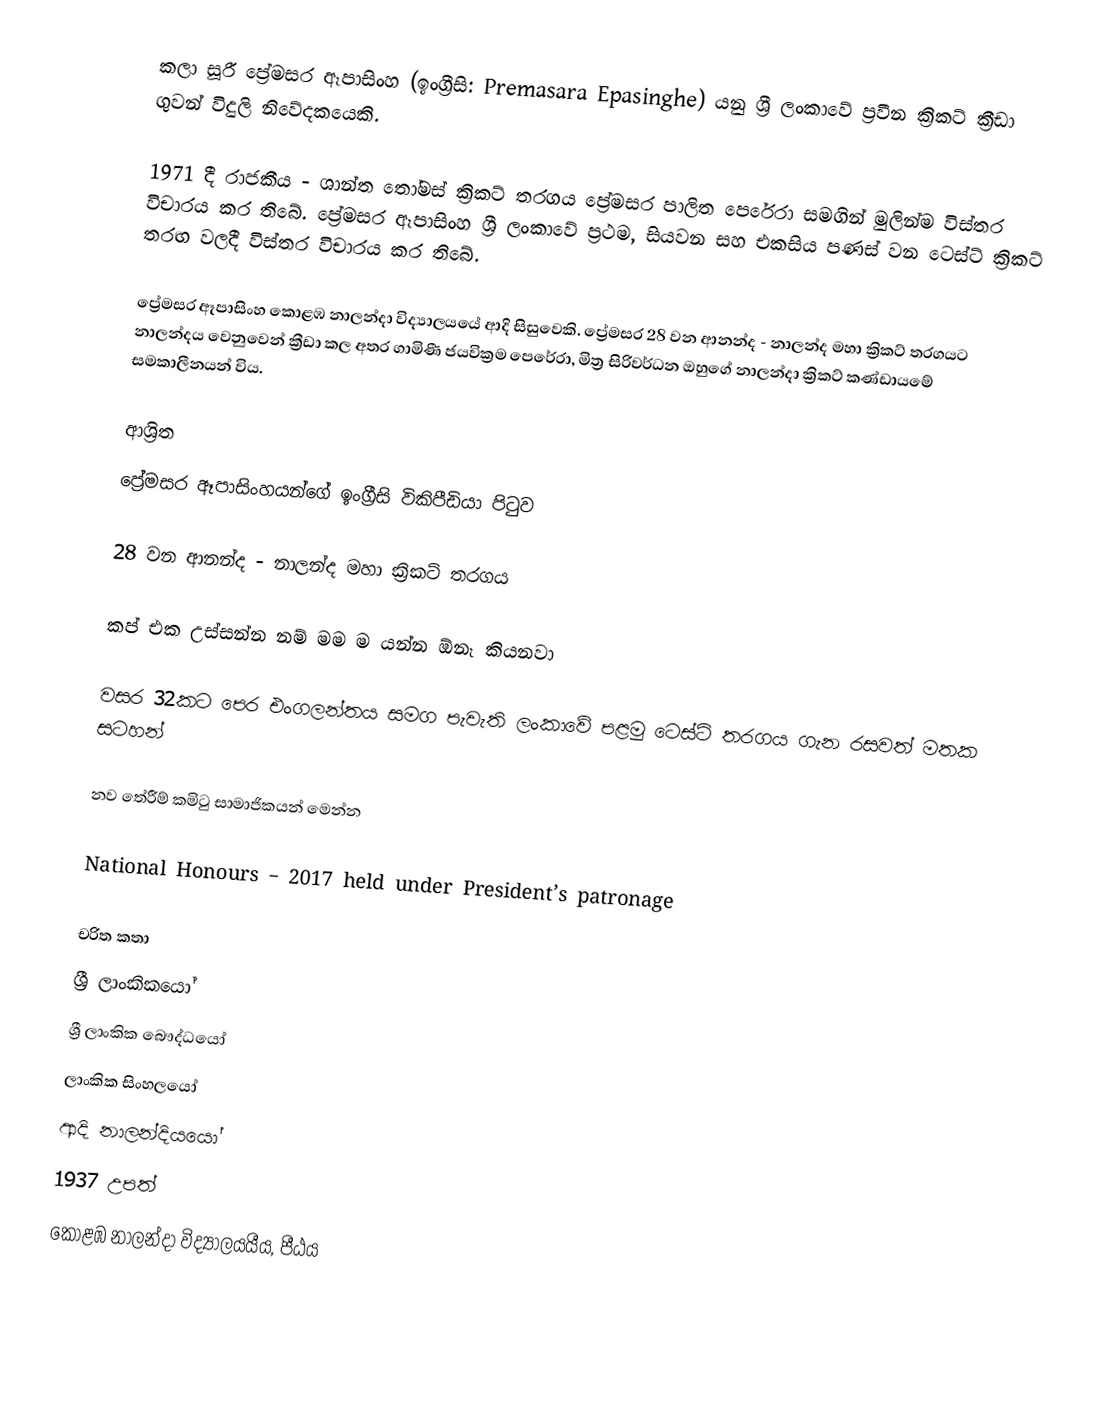
කලා සූරී ප්‍රේමසර ඈපාසිංහ (ඉංග්‍රීසි: Premasara Epasinghe) යනු ශ්‍රී ලංකාවේ ප්‍රවීන ක්‍රිකට් ක්‍රීඩා ගුවන් විදුලි නිවේදකයෙකි.

1971 දී රාජකීය - ශාන්ත ‍තෝමස් ක්‍රිකට් තරගය ප්‍රේමසර පාලිත පෙරේරා සමගින් මුලින්ම විස්තර විචාරය කර තිබේ. ප්‍රේමසර ඈපාසිංහ ශ්‍රී ලංකාවේ ප්‍රථම, සියවන සහ එකසිය පණස් වන ටෙස්ට් ක්‍රිකට් තරඟ වලදී විස්තර විචාරය කර තිබේ.

ප්‍රේමසර ඈපාසිංහ කොළඹ නාලන්දා විද්‍යාලයයේ ආදි සිසුවෙකි. ප්‍රේමසර 28 වන ආනන්ද - නාලන්ද මහා ක්‍රිකට් තරගයට නාලන්දය වෙනුවෙන් ක්‍රීඩා කල අතර ගාමිණී ජයවික්‍රම පෙරේරා, මිත්‍ර සිරිවර්ධන ඔහුගේ නාලන්දා ක්‍රිකට් කණ්ඩායමේ සමකාලීනයන් විය.

ආශ්‍රිත
  ප්‍රේමසර ඈපාසිංහයන්ගේ ඉංග්‍රීසි විකිපීඩියා පිටුව

 28 වන ආනන්ද - නාලන්ද මහා ක්‍රිකට් තරගය

 කප් එක උස්සන්න නම් මම ම යන්න ඕනෑ කියනවා

 වසර 32කට පෙර එංගලන්තය සමග පැවැති ලංකාවේ පළමු ටෙස්ට් තරගය ගැන රසවත් මතක සටහන්

 නව තේරීම් කමිටු සාමාජිකයන් මෙන්න

 National Honours – 2017 held under President’s patronage

චරිත කතා
ශ්‍රී ලාංකිකයෝ
ශ්‍රී ලාංකික බෞද්ධයෝ
ලාංකික සිංහලයෝ
ආදි නාලන්දියයෝ
1937 උපත්
කොළඹ නාලන්දා විද්‍යාලයයීය, පීඨය